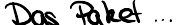
Das Paket ...